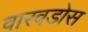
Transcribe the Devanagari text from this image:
वारवडोस